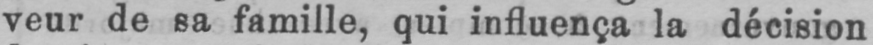
veur de sa famille, qui influença la décision